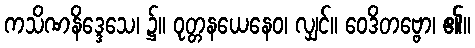
ကသိဏနိဒ္ဒေသေ၊ ၌။ ဝုတ္တနယေနေဝ၊ လျှင်။ ဝေဒိတဗ္ဗော၊ ၏။